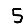
Digit: 5